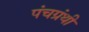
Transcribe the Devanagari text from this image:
पंचग्रंथी